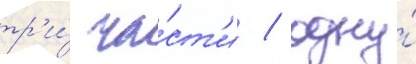
тр'и́ ча́ст'и / одну́